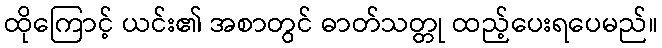
ထိုကြောင့် ယင်း၏ အစာတွင် ဓာတ်သတ္တု ထည့်ပေးရပေမည်။